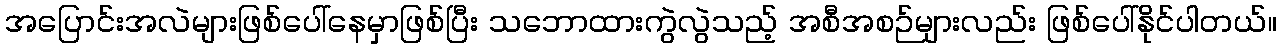
အပြောင်းအလဲများဖြစ်ပေါ်နေမှာဖြစ်ပြီး သဘောထားကွဲလွဲသည့် အစီအစဉ်များလည်း ဖြစ်ပေါ်နိုင်ပါတယ်။